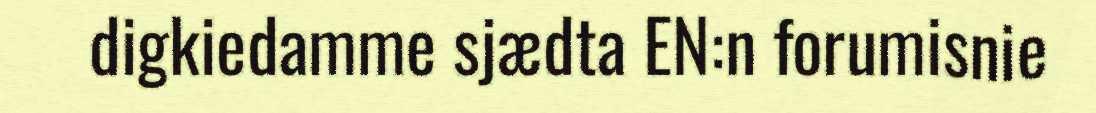
digkiedamme sjædta EN:n forumisnie